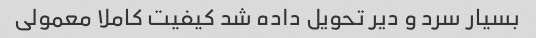
بسیار سرد و دیر تحویل داده شد کیفیت کاملا معمولی